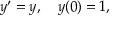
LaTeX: y ^ { \prime } = y , \quad y ( 0 ) = 1 ,